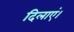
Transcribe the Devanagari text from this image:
दिलाएं।